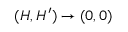
( H , H ^ { \prime } ) \to ( 0 , 0 )